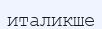
италикше